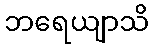
ဘရေယျာသိ